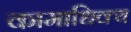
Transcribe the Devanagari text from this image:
कामाधिक्य